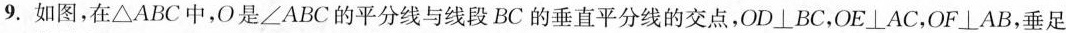
9.如图，在\triangle ABC中，O是$$∠ABC的平分线与线段BC的垂直平分线的交点，OD\botBC，OE\botAC，OF\botAB，垂足